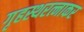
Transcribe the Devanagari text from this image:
गृहस्थरत्नाकर